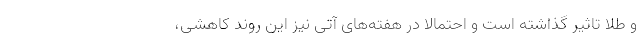
و طلا تاثیر گذاشته است و احتمالا در هفته‌های آتی نیز این روند کاهشی،